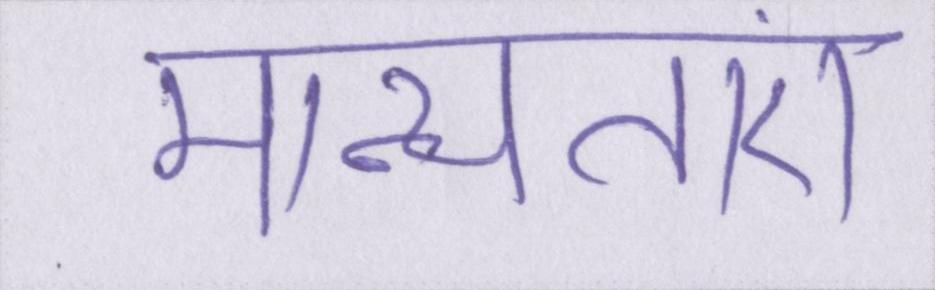
मान्यताएं